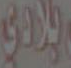
ولادي